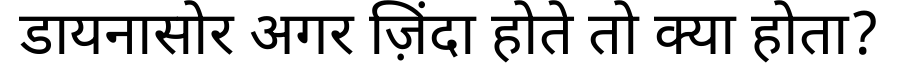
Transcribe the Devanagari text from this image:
डायनासोर अगर ज़िंदा होते तो क्या होता?